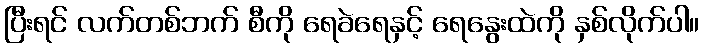
ပြီးရင် လက်တစ်ဘက် စီကို ရေခဲရေနှင့် ရေနွေးထဲကို နှစ်လိုက်ပါ။